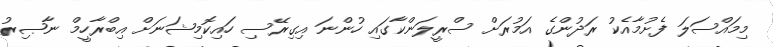
މިމައްސަލަ ފެށުމާއެކު ރަދުންގެ އަމުރަށް ސްރީލަންކާގައި ހުންނަ އިގިރޭސި ހައިކޮމިޝަނަށް އިބްރާހީމް ނާޞިރު